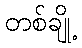
တစ်ချို့